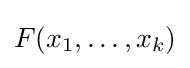
F(x_{1},\dots ,x_{k})